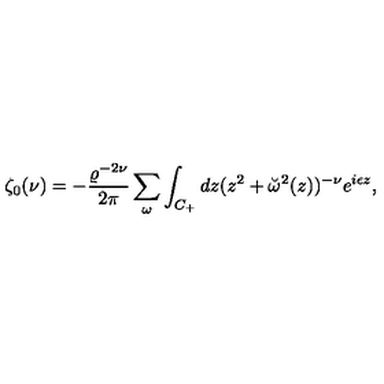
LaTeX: \zeta _ { 0 } ( \nu ) = - { \frac { \varrho ^ { - 2 \nu } } { 2 \pi } } \sum _ { \omega } \int _ { C _ { + } } d z ( z ^ { 2 } + \breve { \omega } ^ { 2 } ( z ) ) ^ { - \nu } e ^ { i \epsilon z } ,